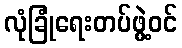
လုံခြုံရေးတပ်ဖွဲ့ဝင်